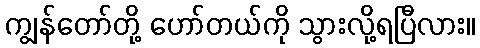
ကျွန်တော်တို့ ဟော်တယ်ကို သွားလို့ရပြီလား။